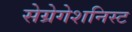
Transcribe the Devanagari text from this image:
सेग्रेगेशनिस्ट